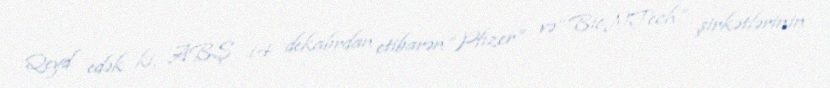
Qeyd edək ki, ABŞ 14 dekabrdan etibarən “Pfizer” və “BioNTech” şirkətlərinin